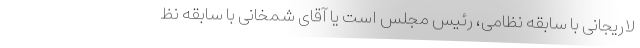
لاریجانی با سابقه نظامی، رئیس مجلس است یا آقای شمخانی با سابقه نظ